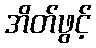
အိတ်ဖွင့်